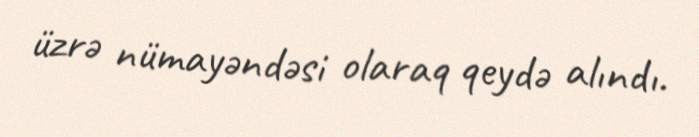
üzrə nümayəndəsi olaraq qeydə alındı.